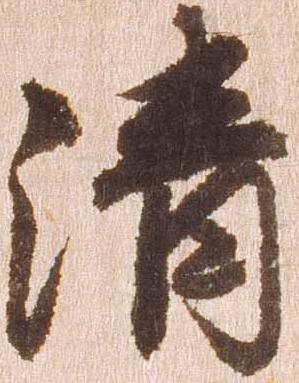
清